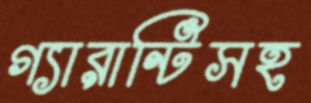
গ্যারান্টিসহ